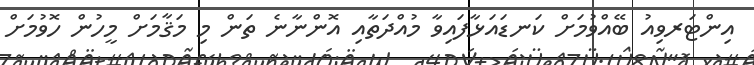
އިންޓަރވިއު ބޭއްވުމަށް ކަނޑައަޅާފައިވާ މުއްދަތާއި އޮންނާނެ ތަން މި މަޤާމަށް މީހުން ހޮވުމަށް